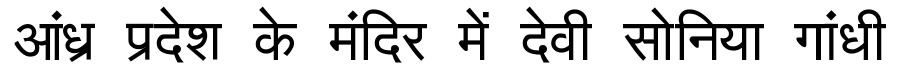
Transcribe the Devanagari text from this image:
आंध्र प्रदेश के मंदिर में देवी सोनिया गांधी